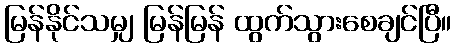
မြန်နိုင်သမျှ မြန်မြန် ထွက်သွားစေချင်ပြီ။